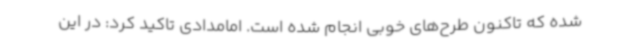
شده که تاکنون طرح‌های خوبی انجام شده است. امامدادی تاکید کرد: در این